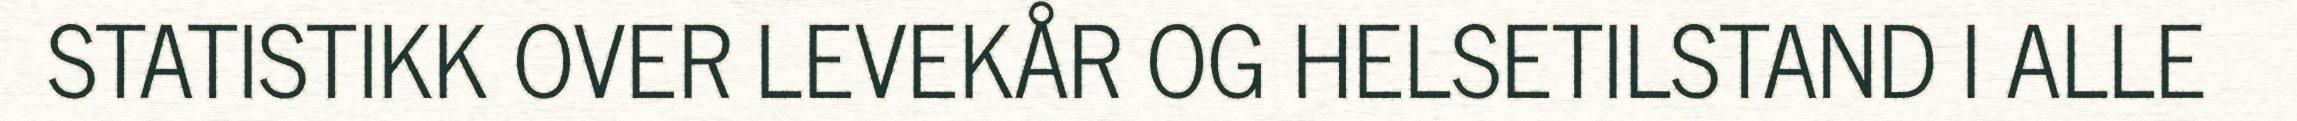
STATISTIKK OVER LEVEKÅR OG HELSETILSTAND I ALLE